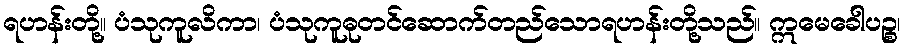
ရဟန်းတို့။ ပံသုကူလိကာ၊ ပံသုကူဓုတင်ဆောက်တည်သောရဟန်းတို့သည်။ ဣမေခေါပဉ္စ၊